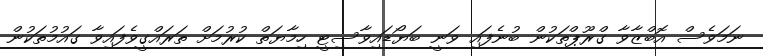
ނަމަވެސް އޮބްޒާވާ ގްރޫޕްތަކުން ބުނެފައި ވަނީ ބަޔޯޑައިވާސިޓީ ހިމާޔަތް ކުރުމަށް ތަރައްގީވެފައިވާ ގައުމުތަކުން